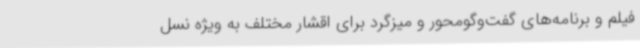
فیلم و برنامه‌های گفت‌وگومحور و میزگرد برای اقشار مختلف به ویژه نسل